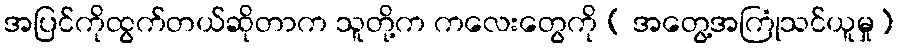
အပြင်ကိုထွက်တယ်ဆိုတာက သူတို့က ကလေးတွေကို ( အတွေ့အကြုံသင်ယူမှု)